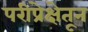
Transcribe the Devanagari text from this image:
परीप्रेक्षेतून